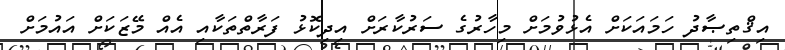
އިޤްތިޞާދު ހަމައަކަށް އެޅުވުމަށް މިހާރުގެ ސަރުކާރަށް އިދިކޮޅު ފަރާތްތަކާއި އެއް މޭޒަކަށް އައުމަށް